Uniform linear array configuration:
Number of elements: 4
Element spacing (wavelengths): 0.5
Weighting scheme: exponential
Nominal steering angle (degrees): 15
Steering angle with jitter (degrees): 14.465
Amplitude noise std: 0.05
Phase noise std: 0.05

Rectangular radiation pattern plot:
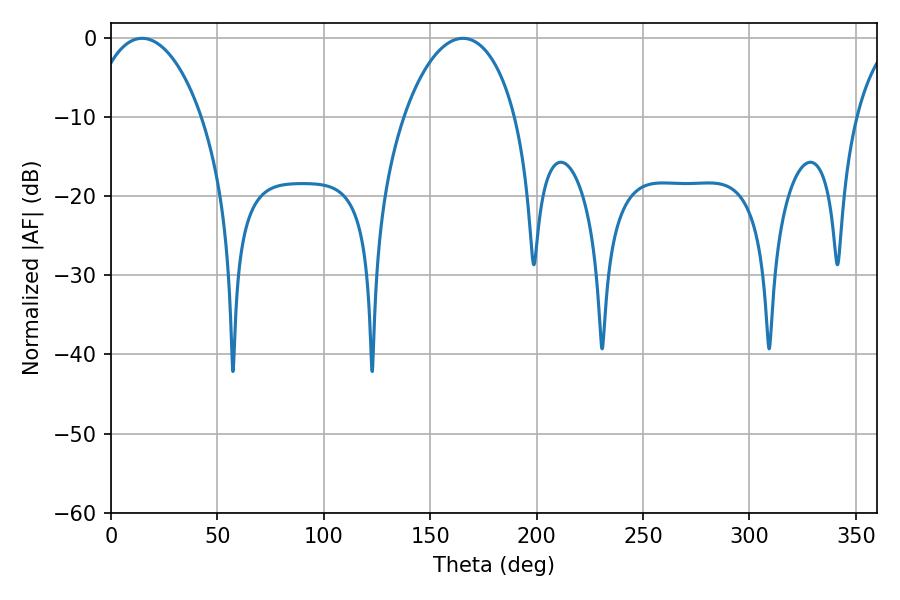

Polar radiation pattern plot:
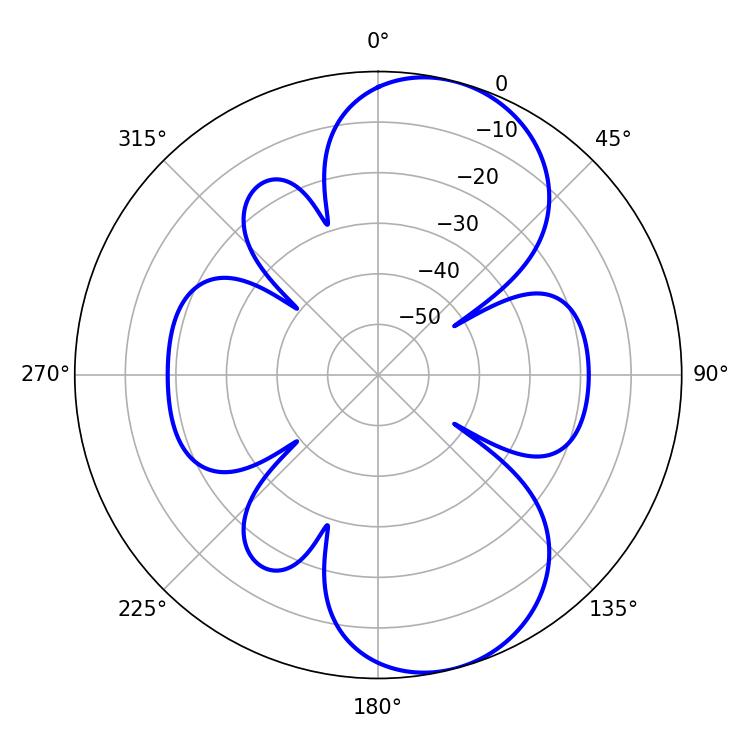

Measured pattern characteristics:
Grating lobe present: FALSE
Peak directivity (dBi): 8.579
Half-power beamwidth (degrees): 29.88
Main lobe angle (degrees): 14.58